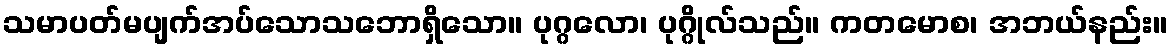
သမာပတ်မပျက်အပ်သောသဘောရှိသော။ ပုဂ္ဂလော၊ ပုဂ္ဂိုလ်သည်။ ကတမောစ၊ အဘယ်နည်း။